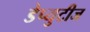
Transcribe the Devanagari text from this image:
डेप्युटीज